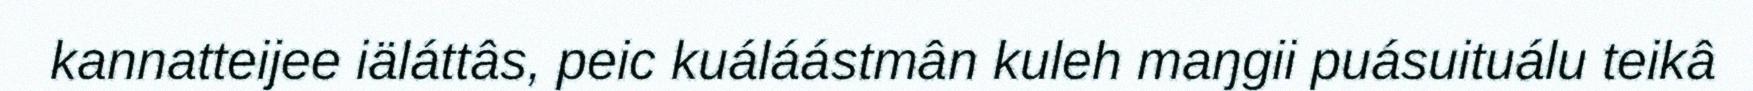
kannatteijee iäláttâs, peic kuáláástmân kuleh maŋgii puásuituálu teikâ